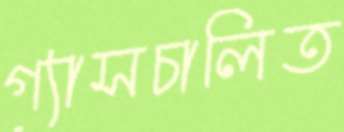
গ্যাসচালিত